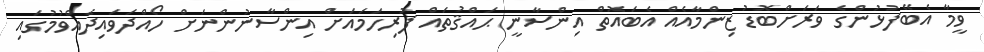
ވީމާ އެބޭފުޅުންގެ ވަރަށްބޮޑު ޒިންމާއެއް އެބައޮތް އިންސާނީ ޙައްޤުތައް ފުރިހަމައަށް އިންސާނުންނަށް ހޯއްދަވައިދެއްވުމުގައި